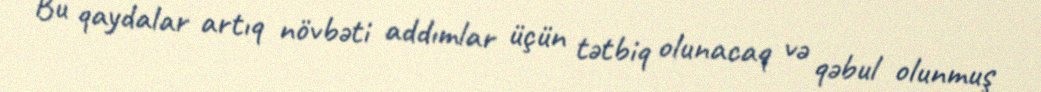
Bu qaydalar artıq növbəti addımlar üçün tətbiq olunacaq və qəbul olunmuş